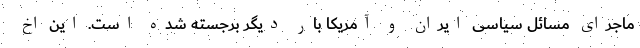
ماجرای مسائل سیاسی ایران و آمریکا بار دیگر برجسته شده است. این اخ